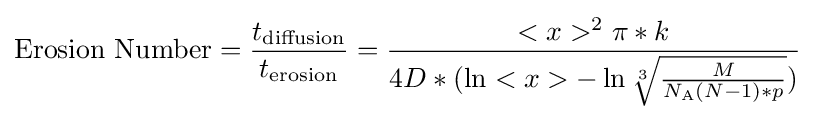
{\text{Erosion Number}}={\frac {t_{\text{diffusion}}}{t_{\text{erosion}}}}={\frac {<x>^{2}\pi *k}{4D*(\ln <x>-\ln {\sqrt[{3}]{M \over N_{\text{A}}(N-1)*p}})}}